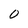
Character: 0